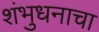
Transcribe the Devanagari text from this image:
शंभुधनाचा